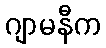
ဂျာမနီက